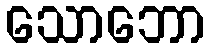
သောဘော